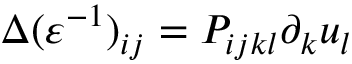
\Delta ( \varepsilon ^ { - 1 } ) _ { i j } = P _ { i j k l } \partial _ { k } u _ { l }